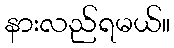
နားလည်ရမယ်။